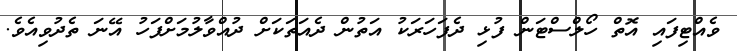
ވެއްޓިފައި އޮތް ހޯލްސްޓަން ފުޅި ދެފަހަރަކު އަތުން ދެއަތަކަށް ދުއްވާލުމަށްފަހު އޭނަ ތެދުވިއެވެ.